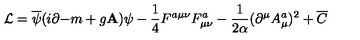
{ \cal L } = \overline { { \psi } } ( i { \bf \partial - } m + g { \bf A ) } \psi - \frac 1 4 F ^ { a \mu \nu } F _ { \mu \nu } ^ { a } - \frac 1 { 2 \alpha } ( \partial ^ { \mu } A _ { \mu } ^ { a } ) ^ { 2 } + \overline { { C } }